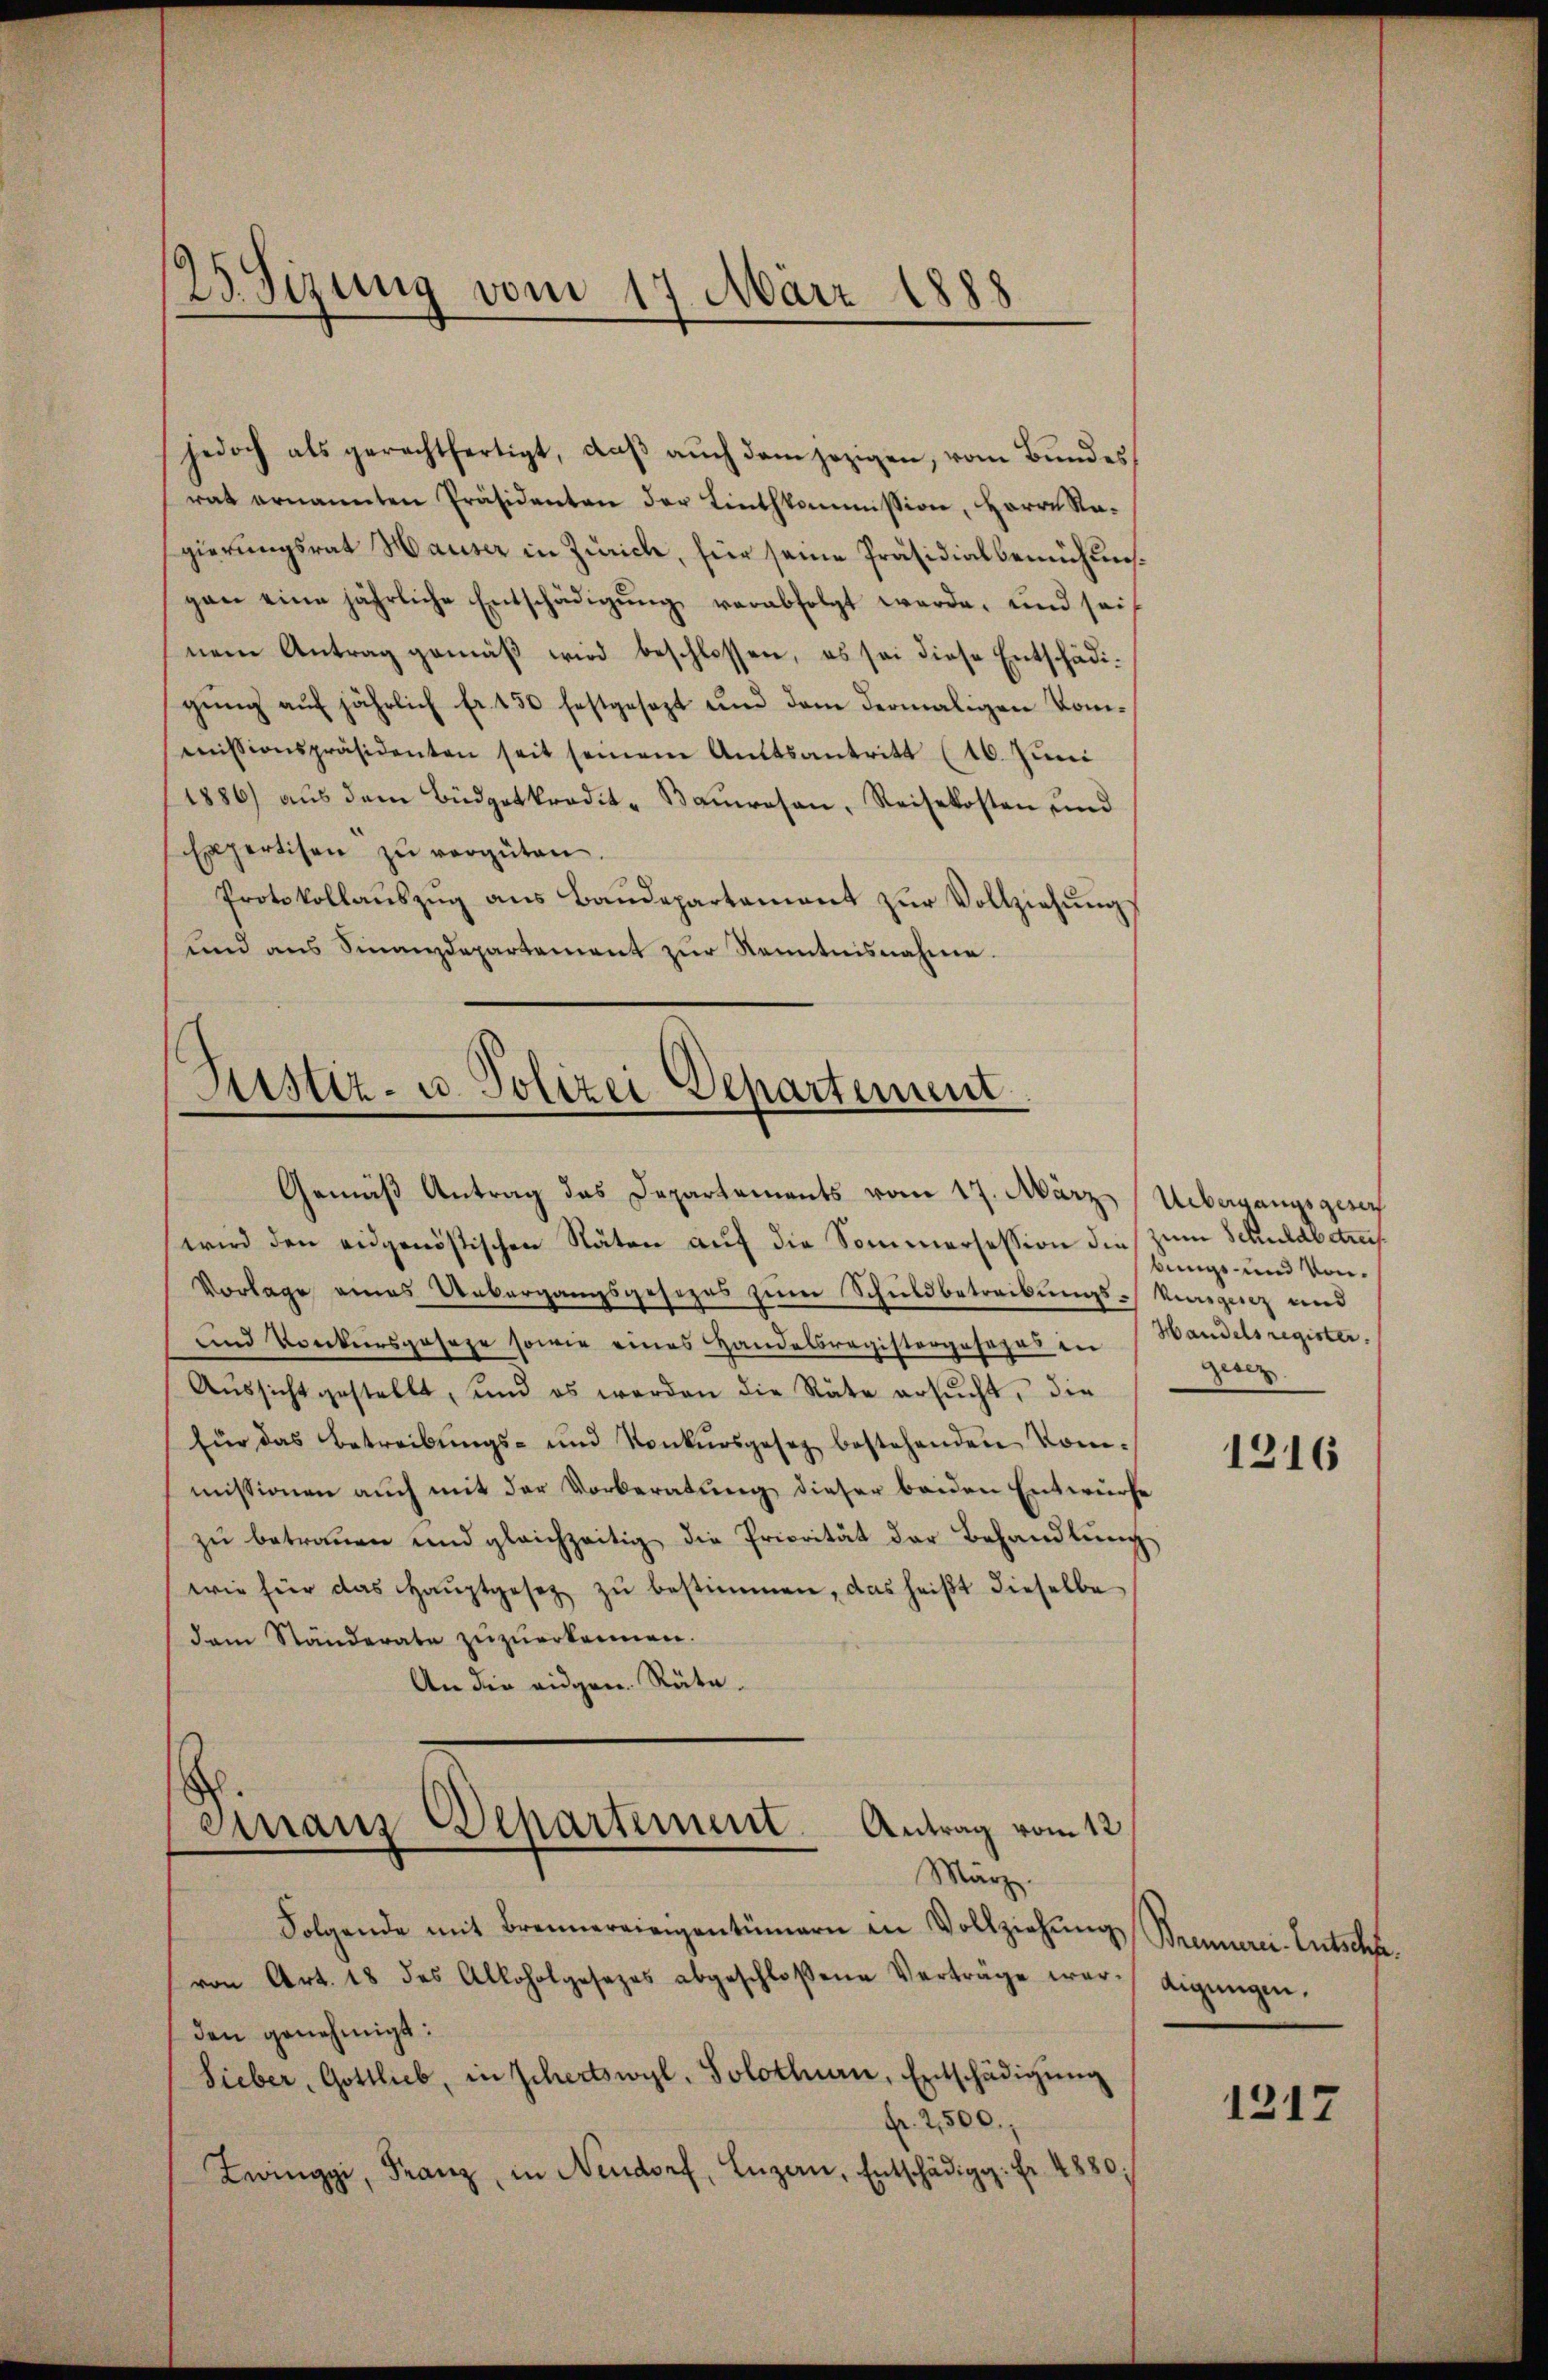
jedoch als gerechtfertigt, daβ aŭch dem jezigen, vom Bŭndes
rat ernannten Präsidenten der Linthkommission, Herrn Ragierungsrat Hauser in Zürich, für seine Präsidialbemühunsgen eine jährliche Entschädigung verabfolgt werde, und sei
nem Antrag gemäß wird beschlossen, es sei diese Entschädigung auf jährlich fr. 150 festgesezt und dem dermaligen Kommmissionspräsidenten seit seinem Amtsantritt (16. Juni
1886 aŭs dem Büdgetkredit- Bauwesen, Reisekosten und
Expertisen zŭ vergüten.
Protokollaŭszŭg ans Baŭdepartement zŭr Vollziehŭng
und ans Finanzdepartement zŭr Kenntnisnahme.

23. Sizung vom 17. März 1888

Justiz- u. Polizei Departement
Gemäß Antrag des Departements vom 17. März (Uebergangsgerich

wird den eidgenößischen Stäten auf die Sommersession dies zum Schuldbetref¬
Vorlage eines Uebergangsgesezes zum Schuldbetreckungs-Kursgesez und
und Konkursgeseze sowie eines Handelsregistergesezes in Handelsregister.
Aŭssicht gestellt, und es werden die Räte ersŭcht, die
für das Betreibŭngs- und Konkursgesez bestehenden kom-
missionen auch mit der Vorberatung dieser beiden Entwurfe
zu betrauen und gleichzeitig die Priorität der Behandlung
wie für das Haŭptgesetz zŭ bestimmen, das heißt dieselbe
dem Ständerate zŭzŭerkennen.
An die eidgen. Räte.
einaus Departement. Antrag vom 12.
März.
Folgende mit Brennereinigentümern in Vollziehŭng Brennerei-Entschfe.
von Art. 18 des Alloholgesezes abgeschloßene Verträge war. Aigŭngen.
den genehmigt:
Sieber, Gottlieb, in Schertswyl, Solothurn, Entschädigŭng
fr. 2500,
Zwinggi, Franz, in Neudorf, Luzern, Entschädigg. Fr. 4880.

bungs- und vongesez

1216

1217